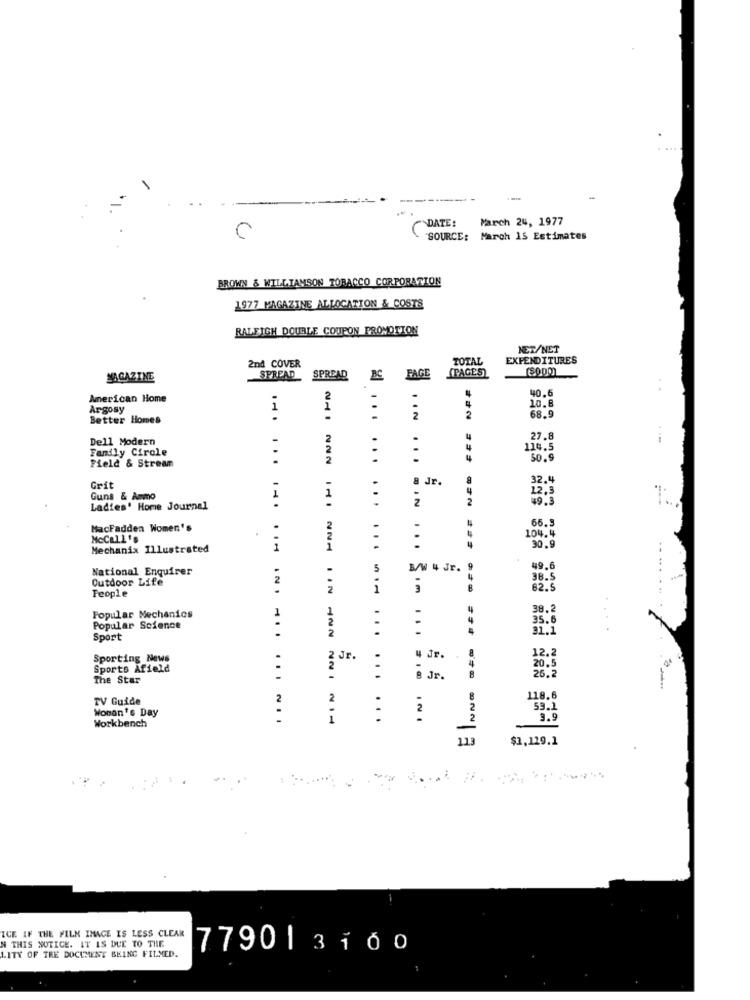
---
DATE :
March 24, 1977
SOURCE: March 15 Estimates
BROWN & WILLIAMSON TOBACCO CORPORATION
1977 MAGAZINE ALLOCATION & COSTS
RALEIGH DOUBLE COUPON PROMOTION
NET/NET
2nd COVER
TOTAL
EXPENDITURES
SPREAD
(PAGES)
MAGAZINE
SPREAD
BC FAGE
40.6
American Home
2
10.8
Argosy
1
.
Better Homes
IIN
2
68.9
Dell Modern
2
.
27.8
Family Cirole
.
.
114.5
Field & Stream
.
...
50.9
8 Jr.
32.
Grit
1
12.3
Guns & Ammo
1
BIN
2
Ladies' Home Journal
...
66.
MacFadden Women's
2
4
104.4
McCall's
..
Mechanix Illustrated
i
30.9
National Enquirer
5
B/W 4 Jr. 9
49.6
Outdoor Life
38.
People
1
SIm
62.5
1
1
38.2
Popular Mechanics
2
35.6
Popular Science
2
31.1
Sport
. .
12.2
Sporting News
2 Jr.
4 Jr.
Sports Afield
.
2
8
20.5
26.2
The Star
-
...
8 Jr.
TV Guide
2
2
118.6
Woman's Day
2
2
59.1
Workbench
1
...
9.5
113
$1,129.1
ICE IF THE FILM IMAGE IS LESS CLEAR
N THIS NOTICE. IT IS DUE TO THE
77901 3160
LITY OF THE DOCUMENT BEING FILMED.